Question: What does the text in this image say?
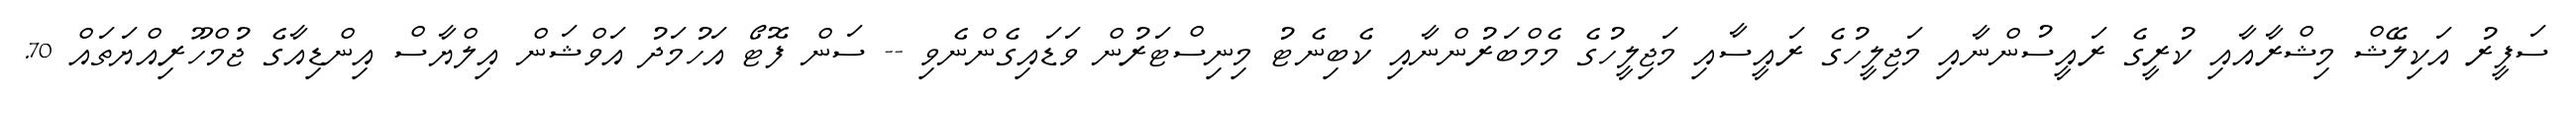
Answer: ސަފީރު އަކިލޭޝް މިޝްރާއާއި ކުރީގެ ރައީސުންނާއި މަޖިލީހުގެ ރައީސާއި މަޖިލީހުގެ މެމްބަރުންނާއި ކެބިނެޓު މިނިސްޓަރުން ވަޑައިގެންނެވި -- ސަން ފޮޓޯ އަހުމަދު އަވްޝަން އިލްޔާސް އިންޑިއާގެ ޖުމްހޫރިއްޔަތައް 70.